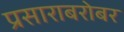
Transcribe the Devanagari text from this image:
प्रसाराबरोबर